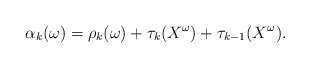
\begin{align*}\alpha_k(\omega)=\rho_k(\omega)+\tau_k(X^\omega)+\tau_{k-1}(X^\omega).\end{align*}